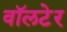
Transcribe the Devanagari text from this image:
वॉलटेर